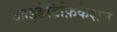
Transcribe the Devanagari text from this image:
आइडेंटिफ़िकेशन